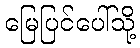
မြေပြင်ပေါ်သို့